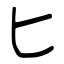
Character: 匕